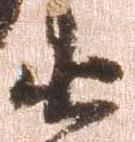
衛